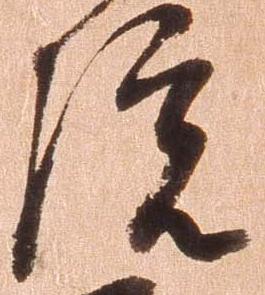
院